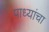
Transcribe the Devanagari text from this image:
पाध्यांचा